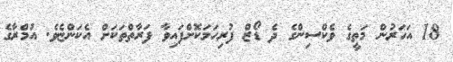
18 އަހަރުން މަތީގެ ވެކްސިންގެ ދެ ޑޯޒް ފުރިހަމަކޮށްފައިވާ ފަރާތްތަކަށް އެކަންޏެވެ. އުމްރާގެ